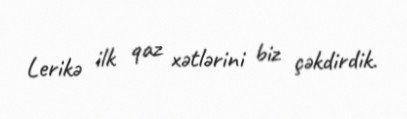
Lerikə ilk qaz xətlərini biz çəkdirdik.